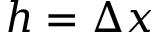
h = \Delta x